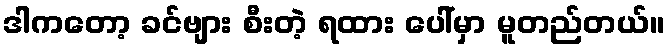
ဒါကတော့ ခင်ဗျား စီးတဲ့ ရထား ပေါ်မှာ မူတည်တယ်။